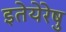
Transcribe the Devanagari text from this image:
इतेयेरेषु